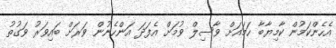
އެހެންކަމުން ކާމިޔާބާ ހަމައަށް ވާސިލް ވުމަށް އެފަދަ އަންހެނުން ވަރަށް ބައިވަރު ވަގުތު